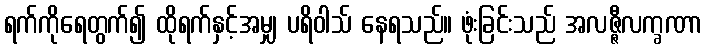
ရက်ကိုရေတွက်၍ ထိုရက်နှင့်အမျှ ပရိဝါသ် နေရသည်။ ဖုံးခြင်းသည် အလဇ္ဇီလက္ခဏာ